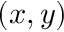
( x , y )